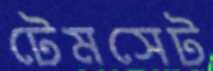
টেমসেট